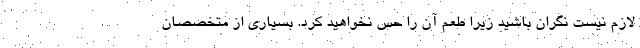
لازم نیست نگران باشید زیرا طعم آن را حس نخواهید کرد. بسیاری از متخصصان